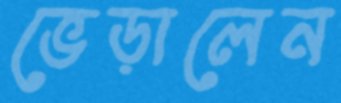
ভেড়ালেন